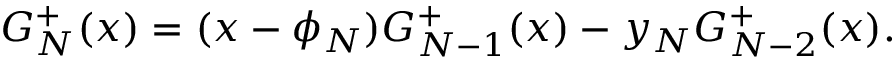
G _ { N } ^ { + } ( x ) = ( x - \phi _ { N } ) G _ { N - 1 } ^ { + } ( x ) - y _ { N } G _ { N - 2 } ^ { + } ( x ) .